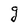
Character: g